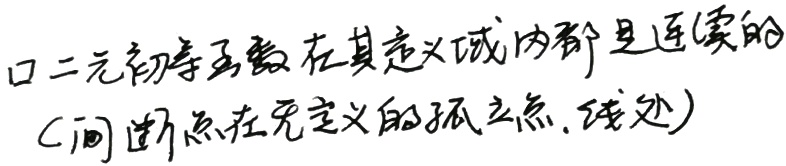
二元初等函数在其定义域内都是连续的(间断点在无定义的孤立点,线处)